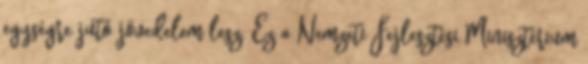
egységre jutó jövedelem lesz. Ez a Nemzeti Fejlesztési Minisztérium